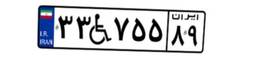
۰۷W۵۰۹۹۲